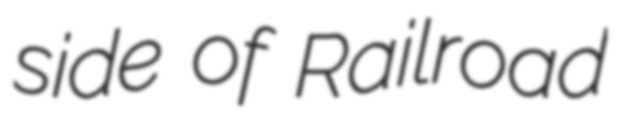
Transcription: side of Railroad